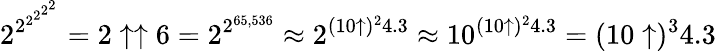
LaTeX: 2^{2^{2^{2^{2^{2}}}}}=2\uparrow\uparrow 6=2^{2^{65,536}}\approx 2^{(10\uparrow)^{2}4.3}\approx 10^{(10\uparrow)^{2}4.3}=(10\uparrow)^{3}4.3